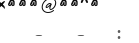
-   -   :